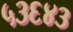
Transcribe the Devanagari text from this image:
५३६४३